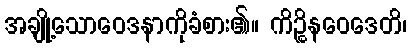
အချို့သောဝေဒနာကိုခံစား၏။ ကိဉ္စိနဝေဒေတိ၊